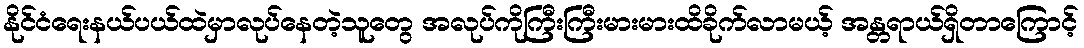
နိုင်ငံရေးနယ်ပယ်ထဲမှာလုပ်နေတဲ့သူတွေ အလုပ်ကိုကြီးကြီးမားမားထိခိုက်လာမယ့် အန္တရာယ်ရှိတာကြောင့်